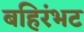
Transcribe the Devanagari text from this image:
बहिरंभट